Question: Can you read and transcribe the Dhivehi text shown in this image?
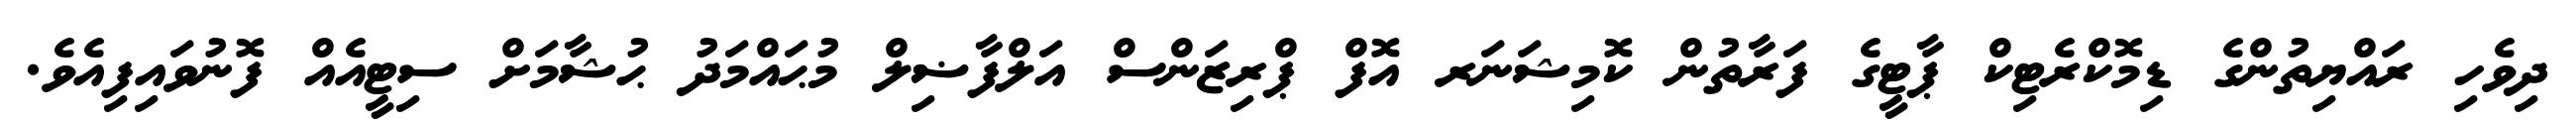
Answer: ދިވެހި ރައްޔިތުންގެ ޑިމޮކްރެޓިކް ޕާޓީގެ ފަރާތުން ކޮމިޝަނަރ އޮފް ޕްރިޒަންސް އަލްފާޟިލް މުޙައްމަދު ޙުޝާމަށް ސިޓީއެއް ފޮނުވައިފިއެވެ.